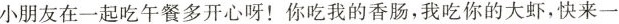
小朋友在一起吃午餐多开心呀！你吃我的香肠，我吃你的大虾，快来一